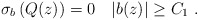
\begin{align*} \sigma_b\left( Q(z)\right)=0 \quad|b(z)|\geq C_1\ .\end{align*}